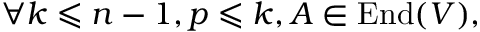
\forall k \leqslant n - 1 , p \leqslant k , A \in \operatorname { E n d } ( V ) ,